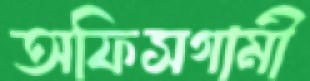
অফিসগামী